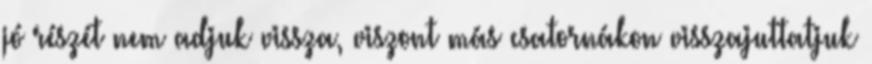
jó részét nem adjuk vissza, viszont más csatornákon visszajuttatjuk